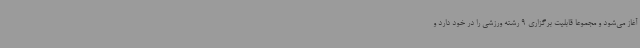
آغاز می‌شود و مجموعاً قابلیت برگزاری 9 رشته ورزشی را در خود دارد و